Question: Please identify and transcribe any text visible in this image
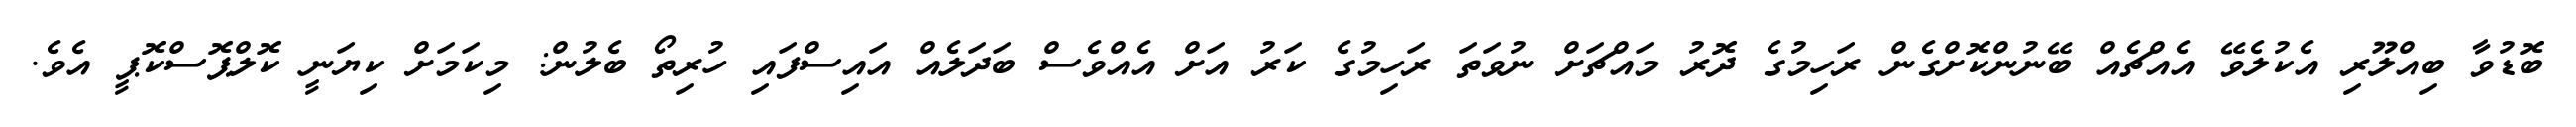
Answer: ބޮޑުވާ ބިއްލޫރި އެކުލެވޭ އެއްޗެއް ބޭނުންކޮށްގެން ރަހިމުގެ ދޮރު މައްޗަށް ނުވަތަ ރަހިމުގެ ކަރު އަށް އެއްވެސް ބަދަލެއް އައިސްފައި ހުރިތޯ ބެލުން: މިކަމަށް ކިޔަނީ ކޮލްޕޮސްކޮޕީ އެވެ.